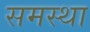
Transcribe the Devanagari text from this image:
समस्था